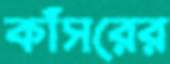
কাঁসরের